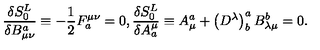
\frac { \delta S _ { 0 } ^ { L } } { \delta B _ { \mu \nu } ^ { a } } \equiv - \frac 1 2 F _ { a } ^ { \mu \nu } = 0 , \frac { \delta S _ { 0 } ^ { L } } { \delta A _ { a } ^ { \mu } } \equiv A _ { \mu } ^ { a } + \left( D ^ { \lambda } \right) _ { b } ^ { a } B _ { \lambda \mu } ^ { b } = 0 .